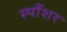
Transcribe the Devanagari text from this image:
स्पाँशर